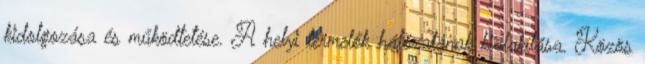
kidolgozása és működtetése. A helyi termelők hálózatának kialakítása. Közös